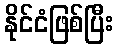
နိုင်ငံဖြစ်ပြီး